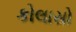
કોલાસો